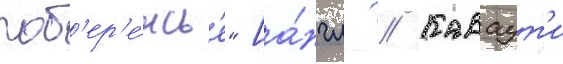
поб'ер'е́жье" [а́нгл. // Каваут'и